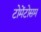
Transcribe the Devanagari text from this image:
टोमेंटोसम